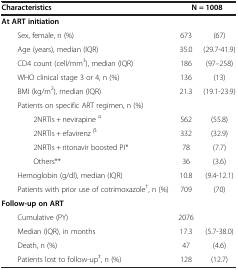
| Characteristics | <COLSPAN=2> N = 1008 |
 | --- | --- | --- |
 | At ART initiation |  |  |
 | Sex, female, n (%) | 673 | (67) |
 | Age (years), median (IQR) | 35.0 | (29.7-41.9) |
 | CD4 count (cell/mm3), median (IQR) | 186 | (97–258) |
 | WHO clinical stage 3 or 4, n (%) | 136 | (13) |
 | BMI (kg/m2), median (IQR) | 21.3 | (19.1-23.9) |
 | Patients on specific ART regimen, n (%) |  |  |
 | 2NRTIs + nevirapine α | 562 | (55.8) |
 | 2NRTIs + efavirenz β | 332 | (32.9) |
 | 2NRTIs + ritonavir boosted PI* | 78 | (7.7) |
 | Others** | 36 | (3.6) |
 | Hemoglobin (g/dl), median (IQR) | 10.8 | (9.4-12.1) |
 | Patients with prior use of cotrimoxazole†, n (%) | 709 | (70) |
 | Follow-up on ART |  |  |
 | Cumulative (PY) | 2076 |  |
 | Median (IQR), in months | 17.3 | (5.7-38.0) |
 | Death, n (%) | 47 | (4.6) |
 | Patients lost to follow-up‡, n (%) | 128 | (12.7) |